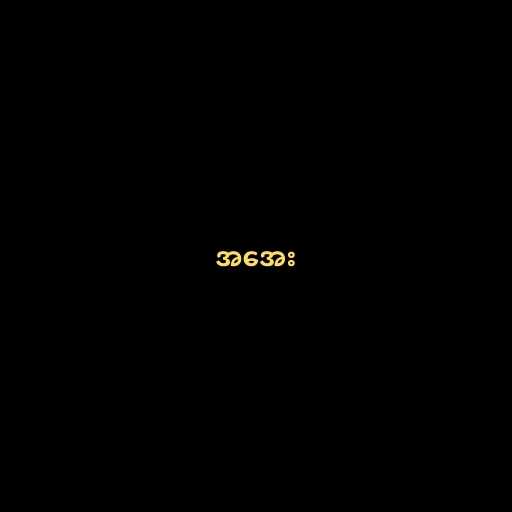
အအေး